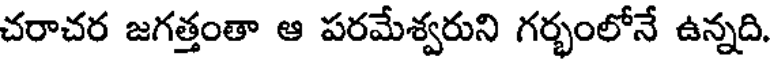
చరాచర జగత్తంతా ఆ పరమేశ్వరుని గర్భంలోనే ఉన్నది.